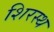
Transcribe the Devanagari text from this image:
शिरस्थ